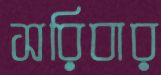
সরিবার